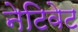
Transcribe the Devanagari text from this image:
नेटिवेट